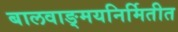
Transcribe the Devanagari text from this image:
बालवाङ्मयनिर्मितीत